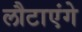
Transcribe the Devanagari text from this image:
लौटाएंगे